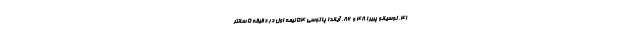
۴۱، لوسیانو پریرا ۴۸ و ۸۶، آیاندا پاتوسی ۵۴ نیمه اول در دقیقه ۵ سانتر